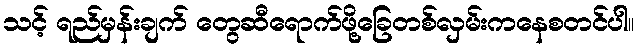
သင့် ရည်မှန်းချက် တွေဆီရောက်ဖို့ခြေတစ်လှမ်းကနေစတင်ပါ။